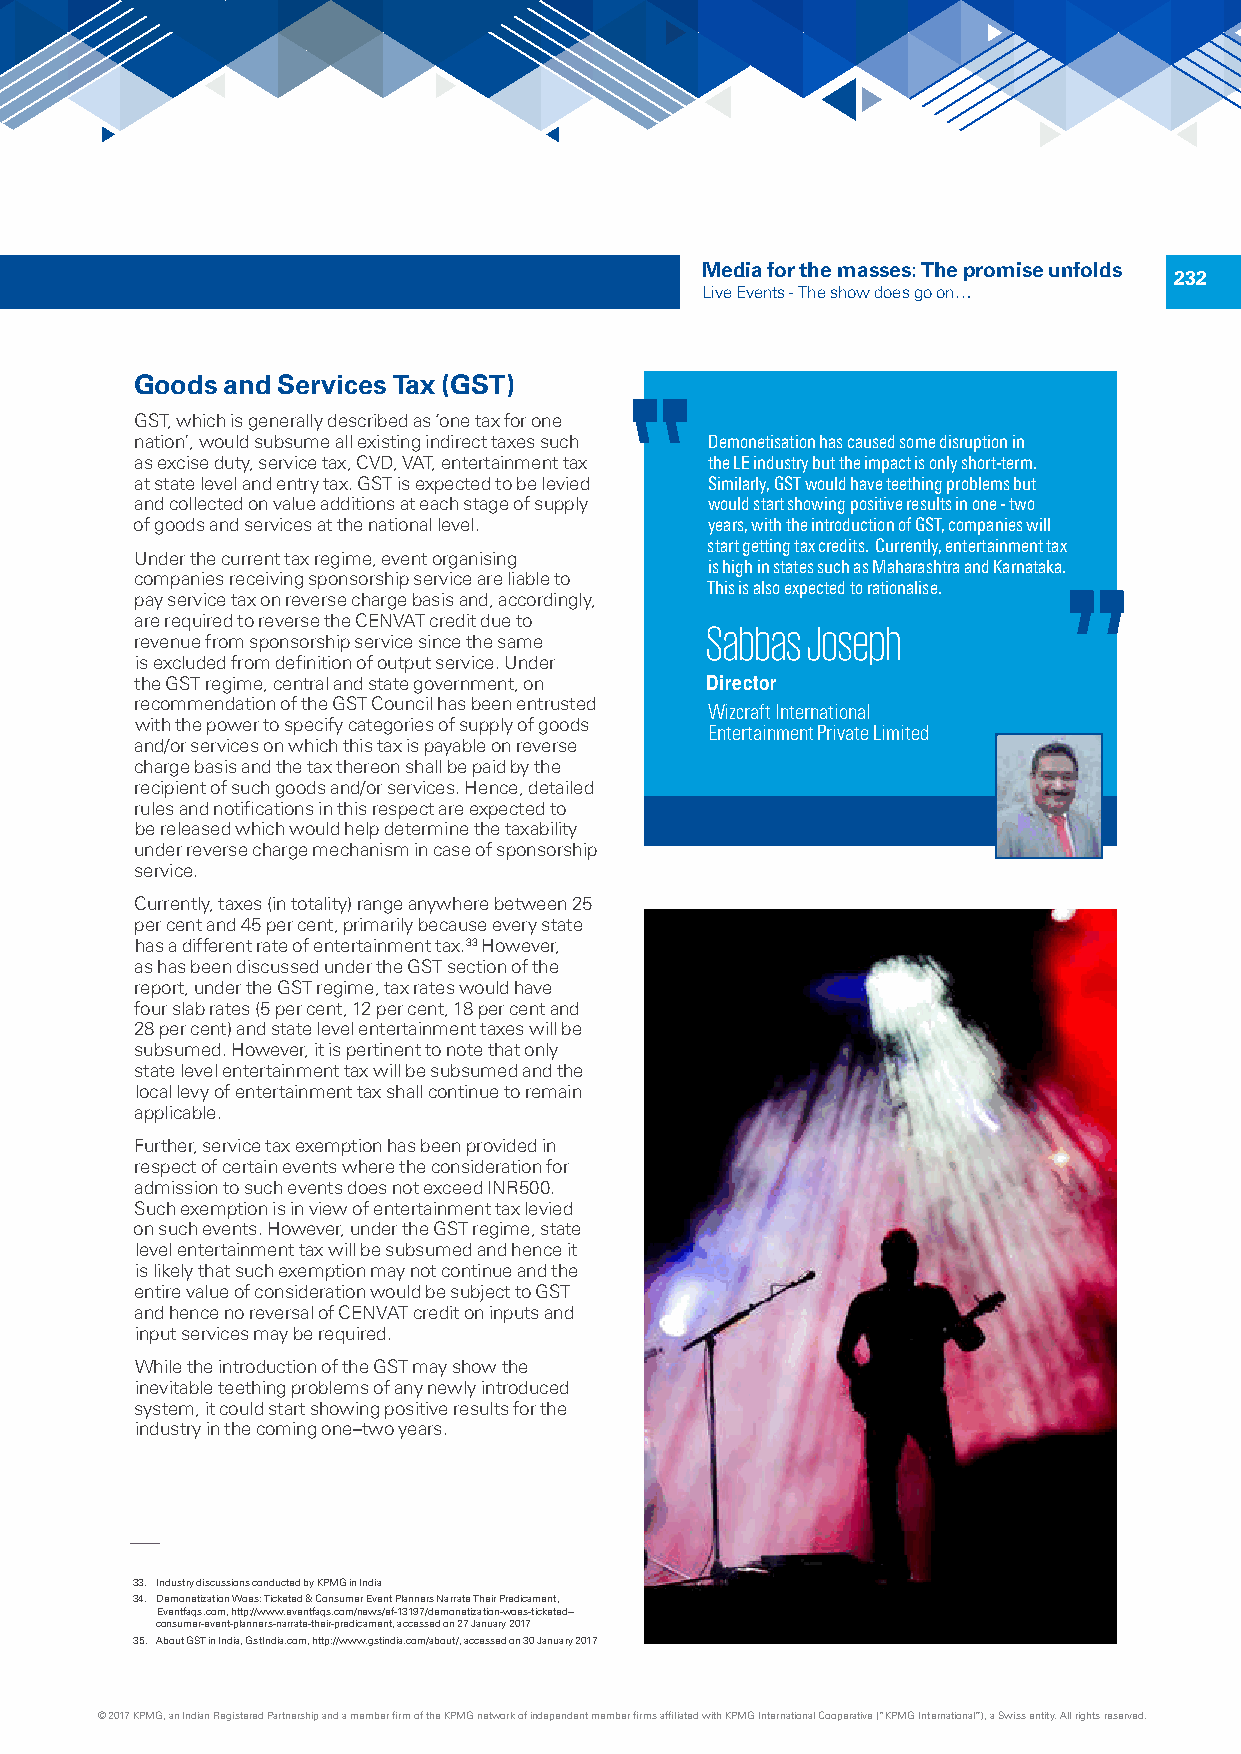
Media for the masses: The promise unfolds
 232
 Live Events - The show does go on…
 Goods and Services Tax (GST)
 GST, which is generally described as ‘one tax for one
 nation’, would subsume all existing indirect taxes such Demonetisation has caused some disruption in
 as excise duty, service tax, CVD, VAT, entertainment tax the LE industry but the impact is only short-term.
 at state level and entry tax. GST is expected to be levied Similarly, GST would have teething problems but
 and collected on value additions at each stage of supply would start showing positive results in one - two
 of goods and services at the national level. years, with the introduction of GST, companies will
 start getting tax credits. Currently, entertainment tax
 Under the current tax regime, event organising
 is high in states such as Maharashtra and Karnataka.
 companies receiving sponsorship service are liable to
 This is also expected to rationalise.
 pay service tax on reverse charge basis and, accordingly,
 are required to reverse the CENVAT credit due to Sabbas Joseph
 revenue from sponsorship service since the same
 is excluded from definition of output service. Under
 the GST regime, central and state government, on Director
 recommendation of the GST Council has been entrusted Wizcraft International
 with the power to specify categories of supply of goods Entertainment Private Limited
 and/or services on which this tax is payable on reverse
 charge basis and the tax thereon shall be paid by the
 recipient of such goods and/or services. Hence, detailed
 rules and notifications in this respect are expected to
 be released which would help determine the taxability
 under reverse charge mechanism in case of sponsorship
 service.
 Currently, taxes (in totality) range anywhere between 25
 per cent and 45 per cent, primarily because every state
 has a different rate of entertainment tax.33 However,
 as has been discussed under the GST section of the
 report, under the GST regime, tax rates would have
 four slab rates (5 per cent, 12 per cent, 18 per cent and
 28 per cent) and state level entertainment taxes will be
 subsumed. However, it is pertinent to note that only
 state level entertainment tax will be subsumed and the
 local levy of entertainment tax shall continue to remain
 applicable.
 Further, service tax exemption has been provided in
 respect of certain events where the consideration for
 admission to such events does not exceed INR500.
 Such exemption is in view of entertainment tax levied
 on such events. However, under the GST regime, state
 level entertainment tax will be subsumed and hence it
 is likely that such exemption may not continue and the
 entire value of consideration would be subject to GST
 and hence no reversal of CENVAT credit on inputs and
 input services may be required.
 While the introduction of the GST may show the
 inevitable teething problems of any newly introduced
 system, it could start showing positive results for the
 industry in the coming one–two years.
 33. Industry discussions conducted by KPMG in India
 34. Demonetization Woes: Ticketed & Consumer Event Planners Narrate Their Predicament,
 Eventfaqs.com, http://www.eventfaqs.com/news/ef-13197/demonetization-woes-ticketed--
 consumer-event-planners-narrate-their-predicament, accessed on 27 January 2017
 35. About GST in India, GstIndia.com, http://www.gstindia.com/about/, accessed on 30 January 2017
 © 2017 KPMG, an Indian Registered Partnership and a member firm of the KPMG network of independent member firms affiliated with KPMG International Cooperative (“KPMG International”), a Swiss entity. All rights reserved.